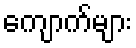
ကျောက်များ